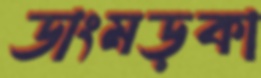
ডাংমড়কা